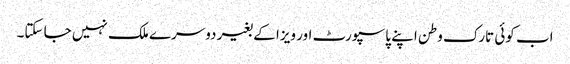
اب کوئی تارک وطن اپنے پاسپورٹ اور ویزا کے بغیر دوسرے ملک نہیں جا سکتا۔